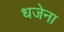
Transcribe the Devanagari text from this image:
धजेना